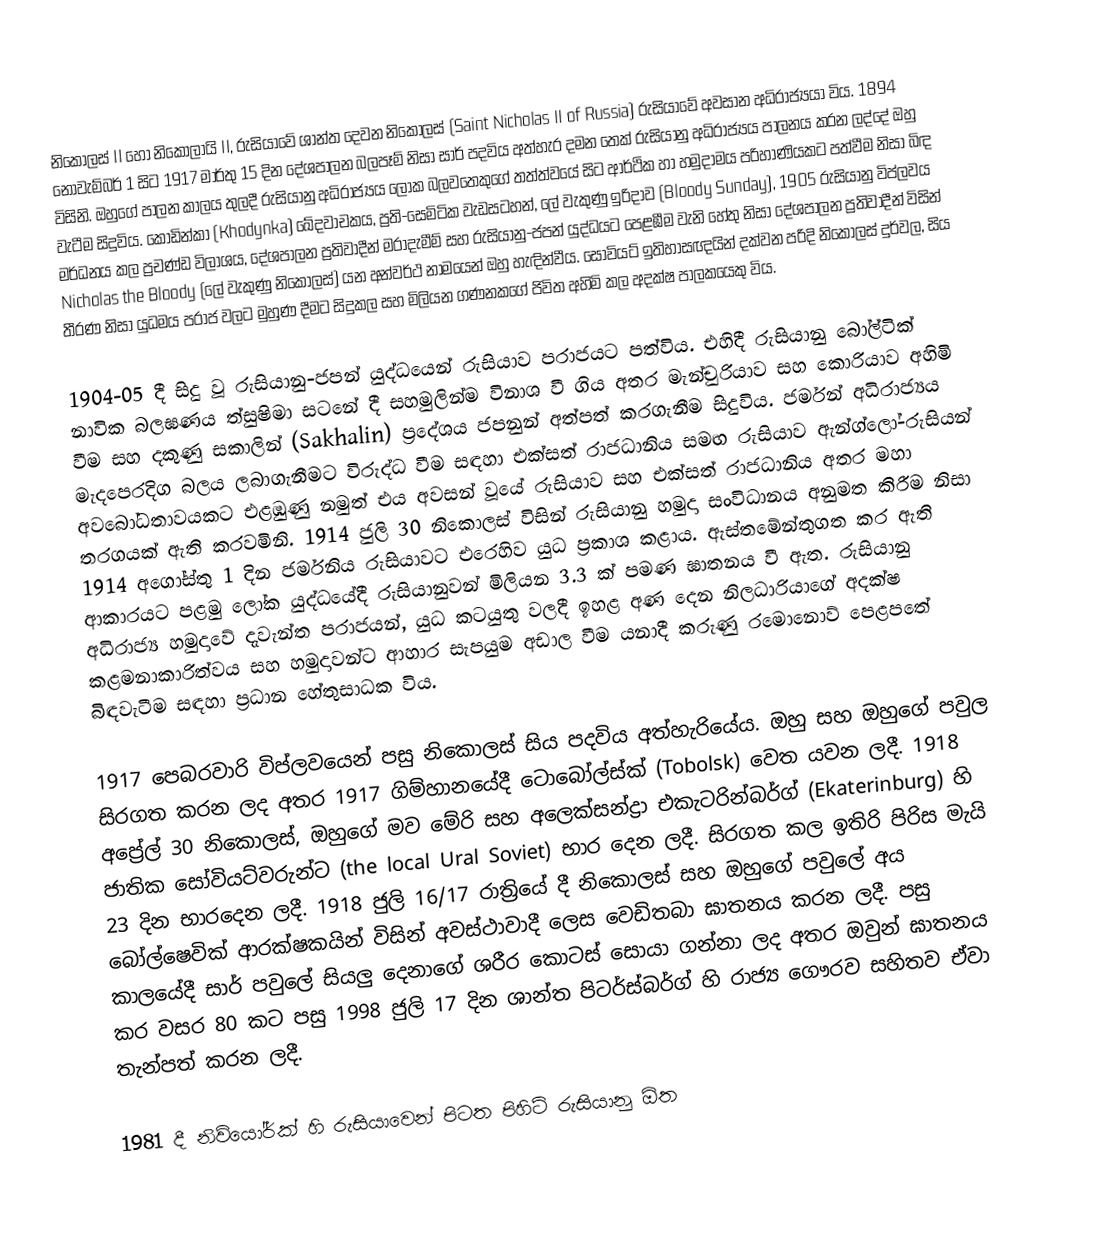
නිකොලස් II හෝ නිකොලායි II, රුසියාවේ ශාන්ත දෙවන නිකොලස් (Saint Nicholas II of Russia) රුසියාවේ අවසාන අධිරාජ්‍යයා විය. 1894 නොවැම්බර් 1 සිට 1917 මාර්තු 15 දින දේශපාලන බලපෑම් නිසා සාර් පදවිය අත්හැර දමන තෙක් රුසියානු අධිරාජ්‍යය පාලනය කරන ලද්දේ ඔහු විසිනි. ඔහුගේ පාලන කාලය තුලදී රුසියානු අධිරාජ්‍යය ලෝක බලවතෙකුගේ තත්ත්වයේ සිට ආර්ථික හා හමුදාමය පරිහාණියකට පත්වීම නිසා බිඳ වැටීම සිදුවිය. කොඩින්කා (Khodynka) ඛේදවාචකය, ප්‍රති-සෙමිටික වැඩසටහන්, ලේ වැකුණු ඉරිදාව (Bloody Sunday), 1905 රුසියානු විප්ලවය මර්ධනය කල ප්‍රචණ්ඩ විලාශය, දේශපාලන ප්‍රතිවාදීන් මරාදැමීම් සහ රුසියානු-ජපන් යුද්ධයට පෙළඹීම වැනි හේතු නිසා දේශපාලන ප්‍රතිවාදීන් විසින් Nicholas the Bloody (ලේ වැකුණු නිකොලස්) යන අන්වර්ථ නාමයෙන් ඔහු හැඳින්වීය. සෝවියට් ඉතිහාසඥයින් දක්වන පරිදි නිකොලස් දුර්වල, සිය තීරණ නිසා යුධමය පරාජ වලට මුහුණ දීමට සිදුකල සහ මිලියන ගණනකගේ ජිවිත අහිමි කල අදක්ෂ පාලකයෙකු විය.

1904-05 දී සිදු වූ රුසියානු-ජපන් යුද්ධයෙන් රුසියාව පරාජයට පත්විය. එහිදී රුසියානු බෝල්ටික් නාවික බලඝණය ත්සුෂිමා සටනේ දී සහමුලින්ම විනාශ වී ගිය අතර මැන්චුරියාව සහ කොරියාව අහිමි වීම සහ දකුණු සකාලින් (Sakhalin) ප්‍රදේශය ජපනුන් අත්පත් කරගැනීම සිදුවිය. ජර්මන් අධිරාජ්‍යය මැදපෙරදිග බලය ලබාගැනීමට විරුද්ධ වීම සඳහා එක්සත් රාජධානිය සමඟ රුසියාව ඇන්ග්ලෝ-රුසියන් අවබෝධතාවයකට එළඹුණු නමුත් එය අවසන් වූයේ රුසියාව සහ එක්සත් රාජධානිය අතර මහා තරගයක් ඇති කරවමිනි. 1914 ජුලි 30 නිකොලස් විසින් රුසියානු හමුදා සංවිධානය අනුමත කිරීම නිසා 1914 අගෝස්තු 1 දින ජර්මනිය රුසියාවට එරෙහිව යුධ ප්‍රකාශ කළාය. ඇස්තමේන්තුගත කර ඇති ආකාරයට පළමු ලෝක යුද්ධයේදී රුසියානුවන් මිලියන 3.3 ක් පමණ ඝාතනය වී ඇත. රුසියානු අධිරාජ්‍ය හමුදාවේ දැවැන්ත පරාජයන්, යුධ කටයුතු වලදී ඉහළ අණ දෙන නිලධාරියාගේ අදක්ෂ කළමනාකාරිත්වය සහ හමුදාවන්ට ආහාර සැපයුම අඩාල වීම යනාදී කරුණු රමොනොව් පෙළපතේ බිඳවැටීම සඳහා ප්‍රධාන හේතුසාධක විය.

1917 පෙබරවාරි විප්ලවයෙන් පසු නිකොලස් සිය පදවිය අත්හැරියේය. ඔහු සහ ඔහුගේ පවුල සිරගත කරන ලද අතර 1917 ගිම්හානයේදී ටොබෝල්ස්ක් (Tobolsk) වෙත යවන ලදී. 1918 අප්‍රේල් 30 නිකොලස්, ඔහුගේ මව මේරි සහ අලෙක්සන්ද්‍රා එකැටරින්බර්ග් (Ekaterinburg) හි ජාතික සෝවියට්වරුන්ට (the local Ural Soviet) භාර දෙන ලදී. සිරගත කල ඉතිරි පිරිස මැයි 23 දින භාරදෙන ලදී. 1918 ජුලි 16/17 රාත්‍රියේ දී නිකොලස් සහ ඔහුගේ පවුලේ අය බෝල්ෂෙවික් ආරක්ෂකයින් විසින් අවස්ථාවාදී ලෙස වෙඩිතබා ඝාතනය කරන ලදී. පසු කාලයේදී සාර් පවුලේ සියලු දෙනාගේ ශරීර කොටස් සොයා ගන්නා ලද අතර ඔවුන් ඝාතනය කර වසර 80 කට පසු 1998 ජුලි 17 දින ශාන්ත පිටර්ස්බර්ග් හි රාජ්‍ය ගෞරව සහිතව ඒවා තැන්පත් කරන ලදී.

1981 දී නිව්යෝර්ක් හි රුසියාවෙන් පිටත පිහිටි රුසියානු ඕත